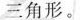
三角形。